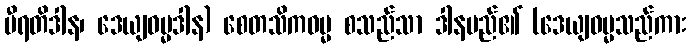
ပီရတိဒါန၊ ဒေယျဓမ္မဒါန) စေတသိကဓမ္မ စသည်သာ ဒါနမည်၏ (ဒေယျဓမ္မသည်ကား